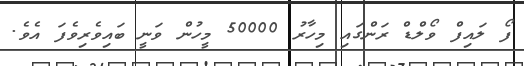
ފޯ ލައިފް ވޯލްޑް ރަންގައި މިހާރު 50000 މީހުން ވަނީ ބައިވެރިވެފަ އެވެ.